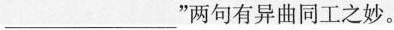
___”两句有异曲同工之妙。